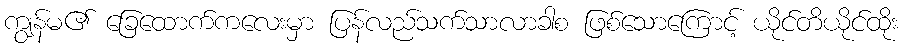
ကျွန်မ၏ ခြေထောက်ကလေးမှာ ပြန်လည်သက်သာလာခါစ ဖြစ်သောကြောင့် ယိုင်တိယိုင်ထိုး